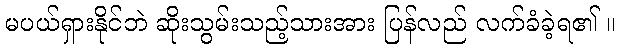
မပယ်ရှားနိုင်ဘဲ ဆိုးသွမ်းသည့်သားအား ပြန်လည် လက်ခံခဲ့ရ၏ ။